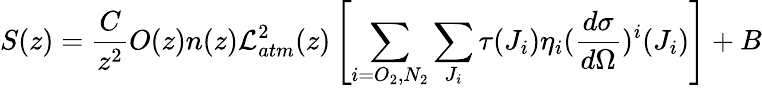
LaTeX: S(z)=\frac{C}{z^{2}}O(z)n(z)\mathcal{L}_{atm}^{2}(z)\left[\sum_{i=O_{2},N_{2}}\sum_{J_{i}}\tau(J_{i})\eta_{i}(\frac{d\sigma}{d\Omega})^{i}(J_{i})\right]+B